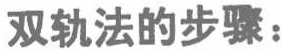
双轨法的步骤：